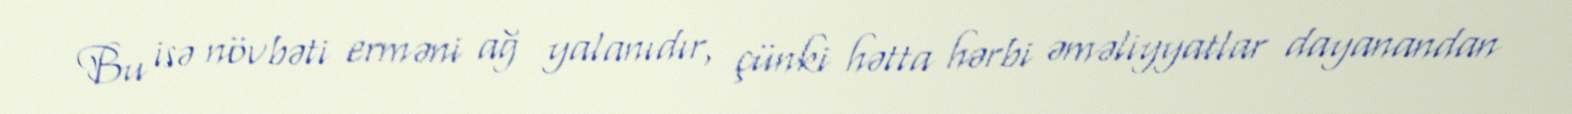
Bu isə növbəti erməni ağ yalanıdır, çünki hətta hərbi əməliyyatlar dayanandan